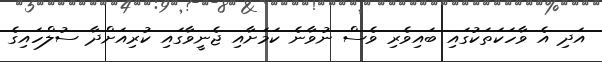
އަދި އެ ވާހަކަތަކުގައި ބައިވެރި ވެސް ނުވާނެ ކަމަށާއި ޖެނީވާގައި ކުރިއަށްދާ ސުލްހައިގެ